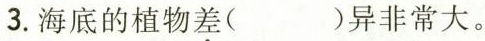
3.海底的植物\underset{·}{差}( )异非常大。